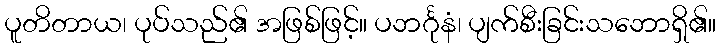
ပူတိတာယ၊ ပုပ်သည်၏ အဖြစ်ဖြင့်။ ပဘင်္ဂုနံ၊ ပျက်စီးခြင်းသဘောရှိ၏။